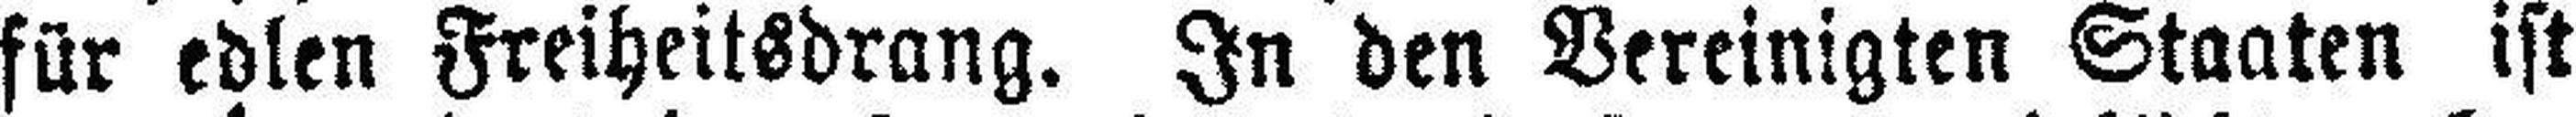
für edlen Freiheitsdrang. In den Vereinigten Staaten ist